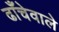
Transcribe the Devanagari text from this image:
ढाँचेवाले